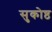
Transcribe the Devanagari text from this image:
सुकोष्ठ